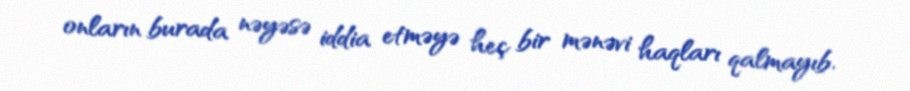
onların burada nəyəsə iddia etməyə heç bir mənəvi haqları qalmayıb.